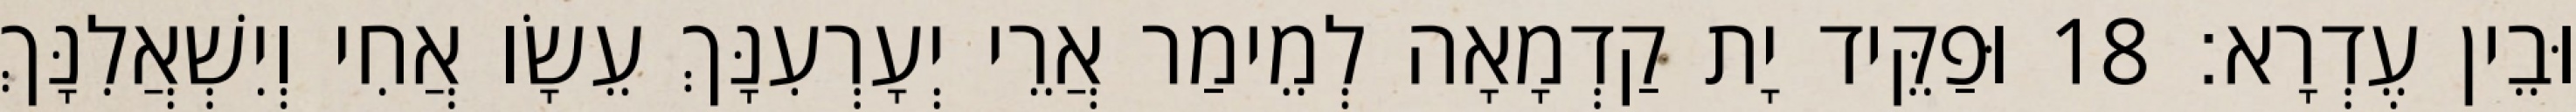
וּבֵין עֶדְרָא׃ 18 וּפַקֵּיד יָת קַדְמָאָה לְמֵימַר אֲרֵי יְעָרְעִנָּךְ עֵשָׂו אֲחִי וְיִשְׁאֲלִנָּךְ